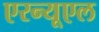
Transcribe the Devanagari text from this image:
एरन्‍यूएल